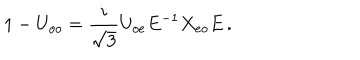
1 - U _ { o o } = \frac { i } { \sqrt { 3 } } U _ { o e } E ^ { - 1 } X _ { e o } E \, .